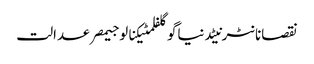
نقصانانٹرنیٹدنیاگوگلفلمٹیکنالوجیمصرعدالت